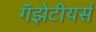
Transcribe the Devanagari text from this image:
गॅझेटीयर्स